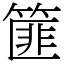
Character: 篚